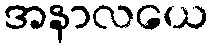
အနာလယေ